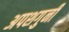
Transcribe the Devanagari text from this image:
अपशगुनी